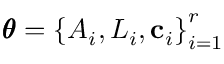
\pmb \theta = \left\{ A _ { i } , L _ { i } , \mathbf c _ { i } \right\} _ { i = 1 } ^ { r }